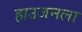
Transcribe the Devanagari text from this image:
हाउजनला